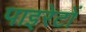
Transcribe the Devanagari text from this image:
पाइरेटों